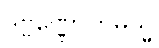
ဒုဗ္ဗဏ္ဏောဟမသ္မိ